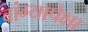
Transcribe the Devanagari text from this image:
वांग्यापेक्षा